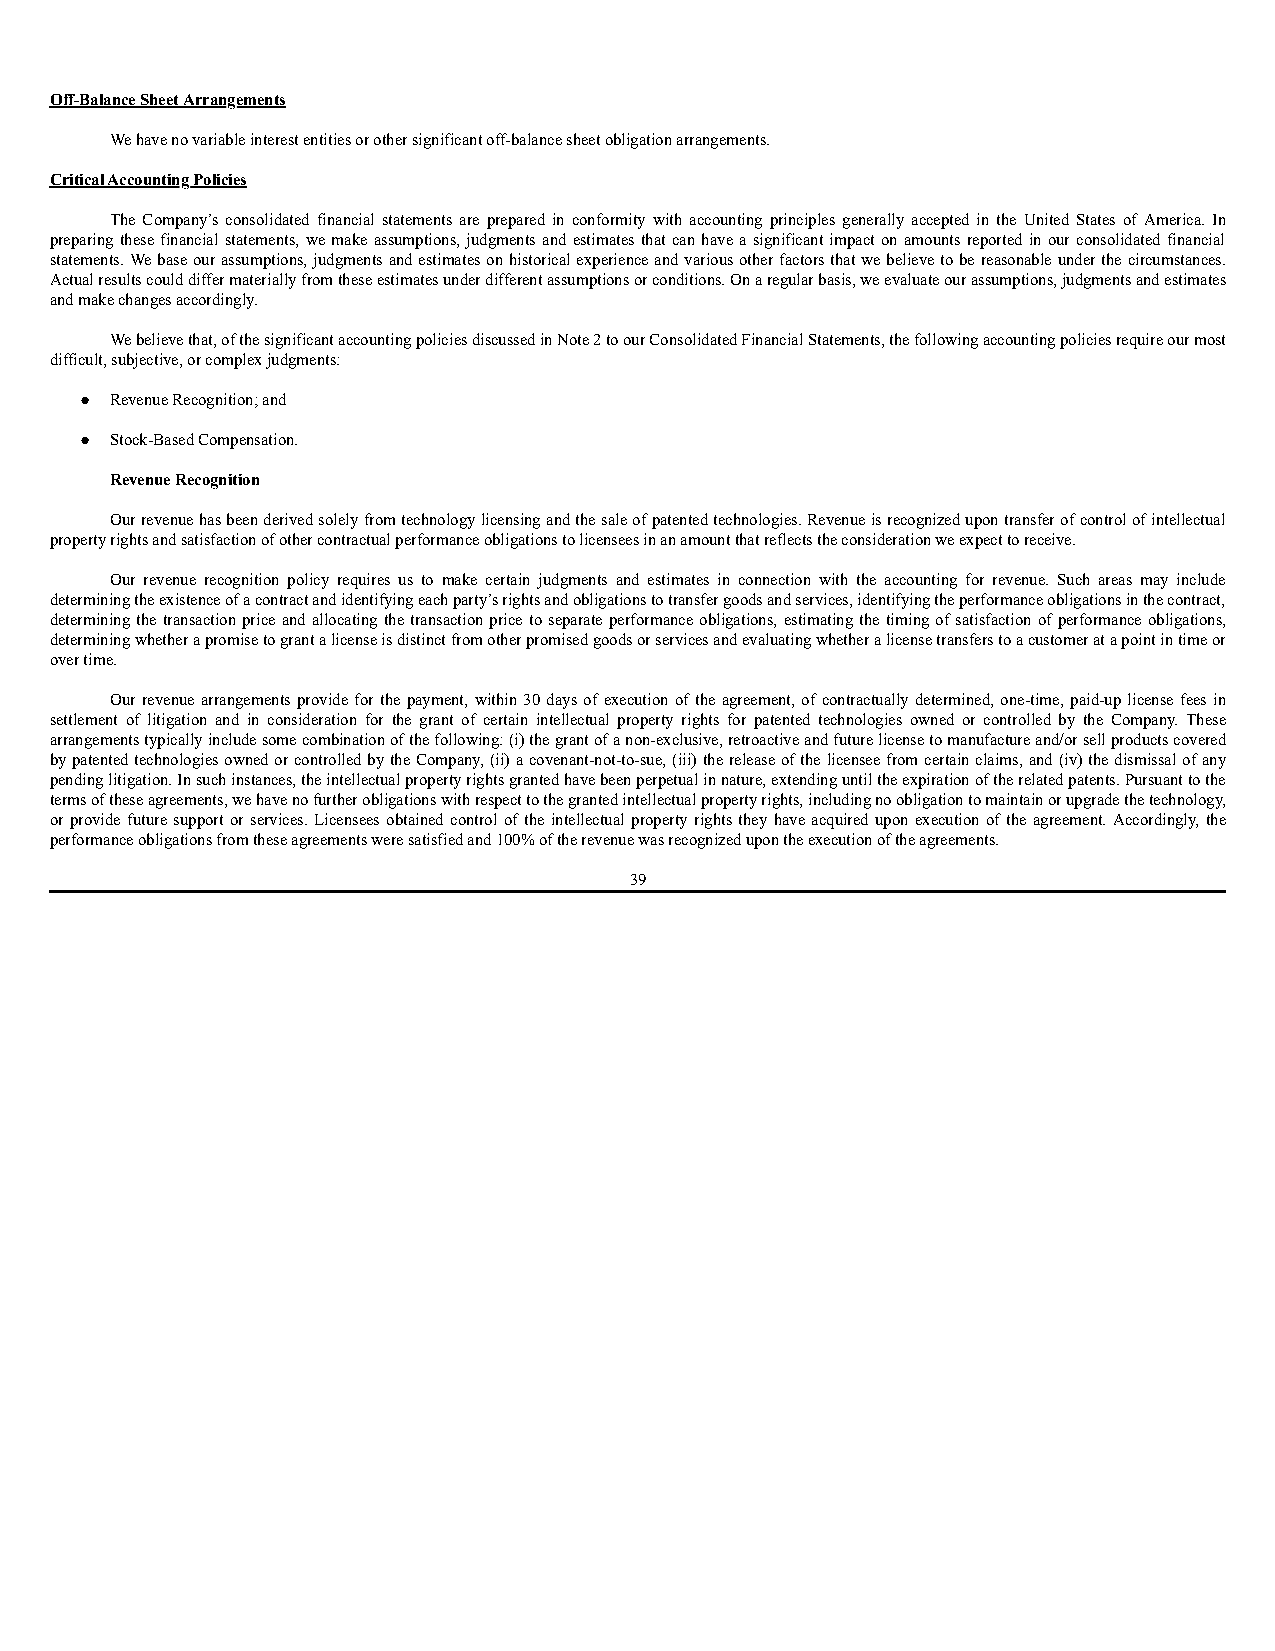
Off-Balance Sheet Arrangements
 We have no variable interest entities or other significant off-balance sheet obligation arrangements.
 Critical Accounting Policies
 The Company’s consolidated financial statements are prepared in conformity with accounting principles generally accepted in the United States of America. In
 preparing these financial statements, we make assumptions, judgments and estimates that can have a significant impact on amounts reported in our consolidated financial
 statements. We base our assumptions, judgments and estimates on historical experience and various other factors that we believe to be reasonable under the circumstances.
 Actual results could differ materially from these estimates under different assumptions or conditions. On a regular basis, we evaluate our assumptions, judgments and estimates
 and make changes accordingly.
 We believe that, of the significant accounting policies discussed in Note 2 to our Consolidated Financial Statements, the following accounting policies require our most
 difficult, subjective, or complex judgments:
 ● Revenue Recognition; and
 ● Stock-Based Compensation.
 Revenue Recognition
 Our revenue has been derived solely from technology licensing and the sale of patented technologies. Revenue is recognized upon transfer of control of intellectual
 property rights and satisfaction of other contractual performance obligations to licensees in an amount that reflects the consideration we expect to receive.
 Our revenue recognition policy requires us to make certain judgments and estimates in connection with the accounting for revenue. Such areas may include
 determining the existence of a contract and identifying each party’s rights and obligations to transfer goods and services, identifying the performance obligations in the contract,
 determining the transaction price and allocating the transaction price to separate performance obligations, estimating the timing of satisfaction of performance obligations,
 determining whether a promise to grant a license is distinct from other promised goods or services and evaluating whether a license transfers to a customer at a point in time or
 over time.
 Our revenue arrangements provide for the payment, within 30 days of execution of the agreement, of contractually determined, one-time, paid-up license fees in
 settlement of litigation and in consideration for the grant of certain intellectual property rights for patented technologies owned or controlled by the Company. These
 arrangements typically include some combination of the following: (i) the grant of a non-exclusive, retroactive and future license to manufacture and/or sell products covered
 by patented technologies owned or controlled by the Company, (ii) a covenant-not-to-sue, (iii) the release of the licensee from certain claims, and (iv) the dismissal of any
 pending litigation. In such instances, the intellectual property rights granted have been perpetual in nature, extending until the expiration of the related patents. Pursuant to the
 terms of these agreements, we have no further obligations with respect to the granted intellectual property rights, including no obligation to maintain or upgrade the technology,
 or provide future support or services. Licensees obtained control of the intellectual property rights they have acquired upon execution of the agreement. Accordingly, the
 performance obligations from these agreements were satisfied and 100% of the revenue was recognized upon the execution of the agreements.
 39